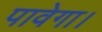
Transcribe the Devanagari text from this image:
पावेगा।